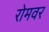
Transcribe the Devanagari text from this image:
रोमवर